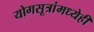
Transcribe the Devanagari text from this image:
योगसूत्रांमध्येही